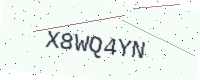
Text: X8WQ4YN